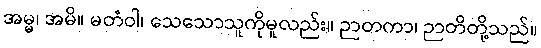
အမ္မ၊ အမိ။ မတံဝါ၊ သေသောသူကိုမူလည်း။ ဉာတကာ၊ ဉာတိတို့သည်။